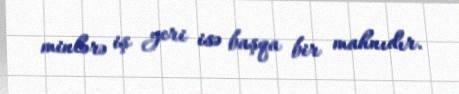
minlərə iş yeri isə başqa bir mahnıdır.